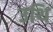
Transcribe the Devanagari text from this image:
उथि